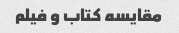
مقایسه کتاب و فیلم